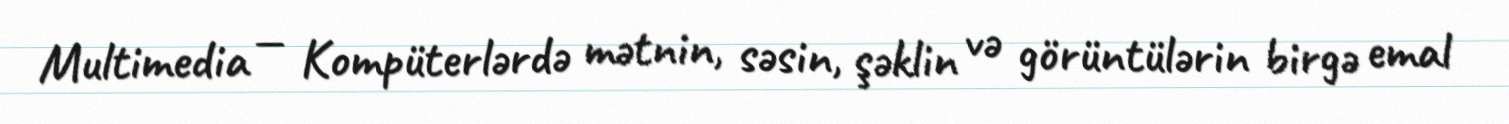
Multimedia — Kompüterlərdə mətnin, səsin, şəklin və görüntülərin birgə emal